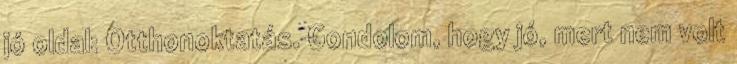
jó oldal: Otthonoktatás. Gondolom, hogy jó, mert nem volt